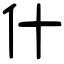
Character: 什